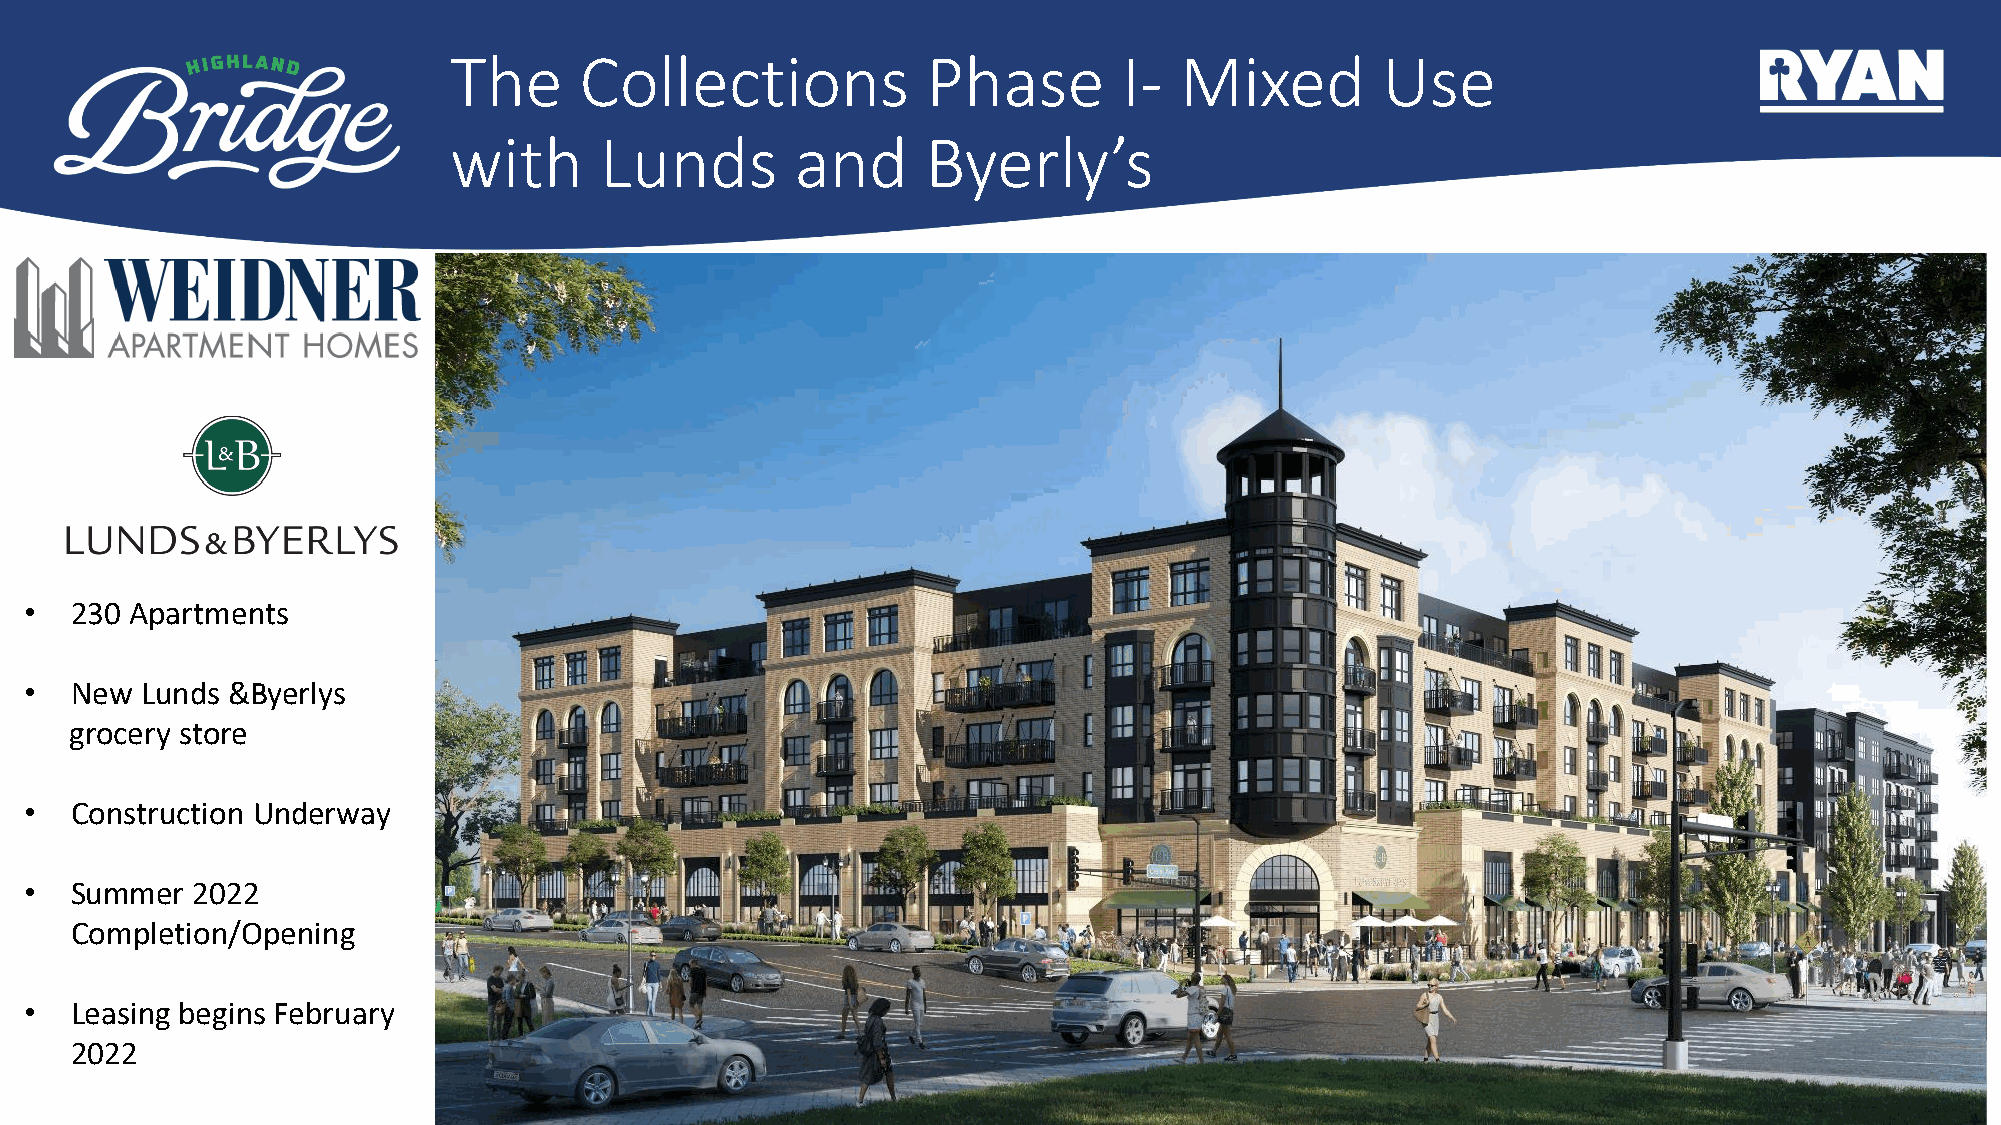
The     Collections            Phase        I-  Mixed        Use
 with      Lunds        and     Byerly’s
 •  230 Apartments
 •  New Lunds &Byerlys
 grocery store
 •  Construction Underway
 •  Summer  2022
 Completion/Opening
 •  Leasing begins February
 2022